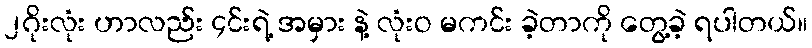
၂ဂိုးလုံး ဟာလည်း ၄င်းရဲ့ အမှား နဲ့ လုံးဝ မကင်း ခဲ့တာကို တွေ့ခဲ့ ရပါတယ်။